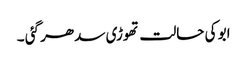
ابو کی حالت تھوڑی سدھر گئی ۔